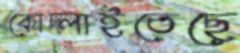
কোদ্‌লাইতেছে